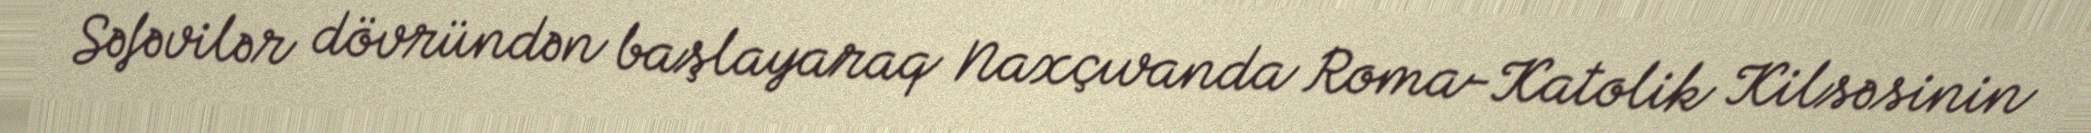
Səfəvilər dövründən başlayaraq Naxçıvanda Roma-Katolik Kilsəsinin